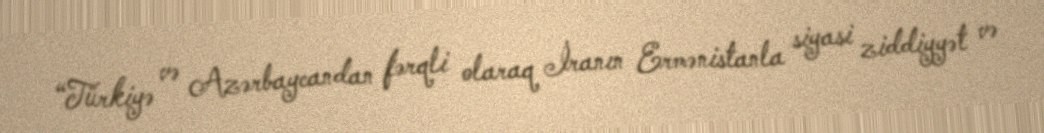
“Türkiyə və Azərbaycandan fərqli olaraq İranın Ermənistanla siyasi ziddiyyət və